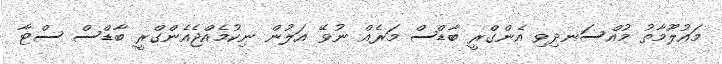
މައުލޫމާތު މުއްސަނދިވި އެންގްރީ ބާޑްސް މަރެއް ނުވޭ އަލުން ނިކުމެއްޖެއެންގްރީ ބާޑްސް ސްޓާ